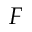
F